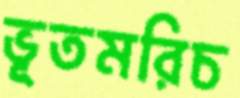
ভূতমরিচ